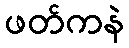
ဖတ်ကနဲ